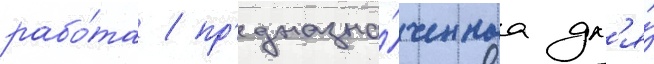
рабо́та / пр'едназна́ченнаа дл'я́